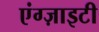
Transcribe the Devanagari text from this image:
एंग्ज़ाइटी